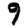
Digit: 9